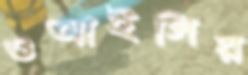
ওআইসির